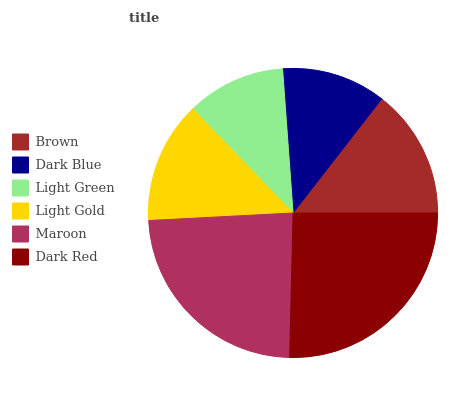
| Brown | Dark Blue | Light Green | Light Gold | Maroon | Dark Red |
 | --- | --- | --- | --- | --- | --- |
 | 14.5% | 11.7% | 11% | 13.6% | 23.9% | 25.3% |